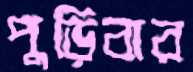
পুড়িবার